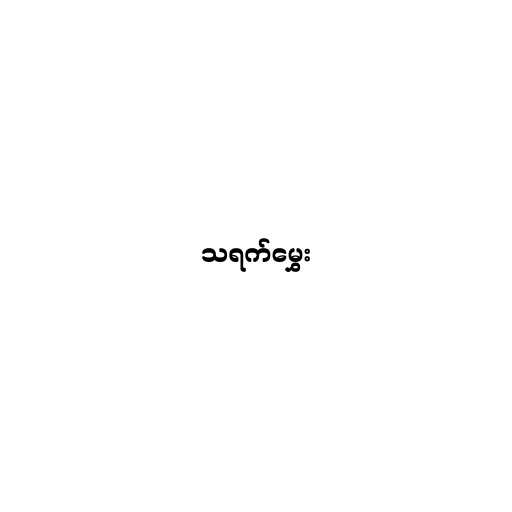
သရက်မွှေး